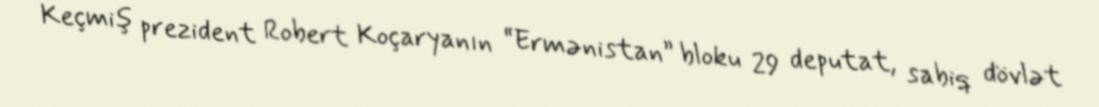
Keçmiş prezident Robert Koçaryanın “Ermənistan” bloku 29 deputat, sabiq dövlət